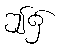
ဤ၌